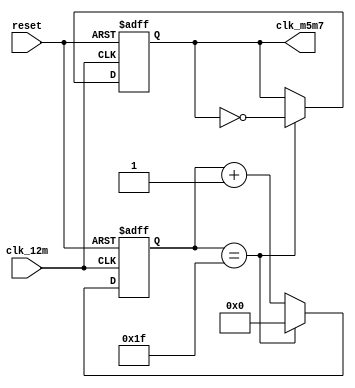
// edib_m5m7_clkgen.v
module edib_m5m7_clkgen
(
    reset,clk_12m,clk_m5m7
);


    input reset,clk_12m;
    output clk_m5m7;

    reg clk_m5m7;
    reg [4:0] counter;

    always @(posedge clk_12m or negedge reset)
    begin
        if(!reset)
        begin
            clk_m5m7<=0;
            counter<=0;
        end
        else
        begin
            if(counter==31)
            begin
                counter<=0;
                clk_m5m7<=~clk_m5m7;
            end
            else
                counter<=counter+1;
            
        end

    end

endmodule